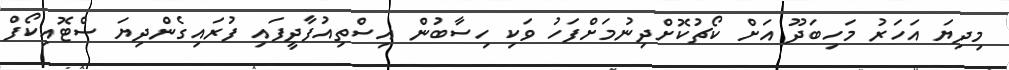
މިދިޔަ އަހަރު މަހިބަދޫ އަށް ކޯޗުކޮށްދިނުމަށްފަހު ވަކި ހިސާބުން އިސްތިއުފާދީފައި ފުރައިގެންދިޔަ ސްޓޮއިކޯފް